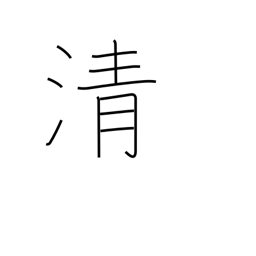
Meaning: cleanse